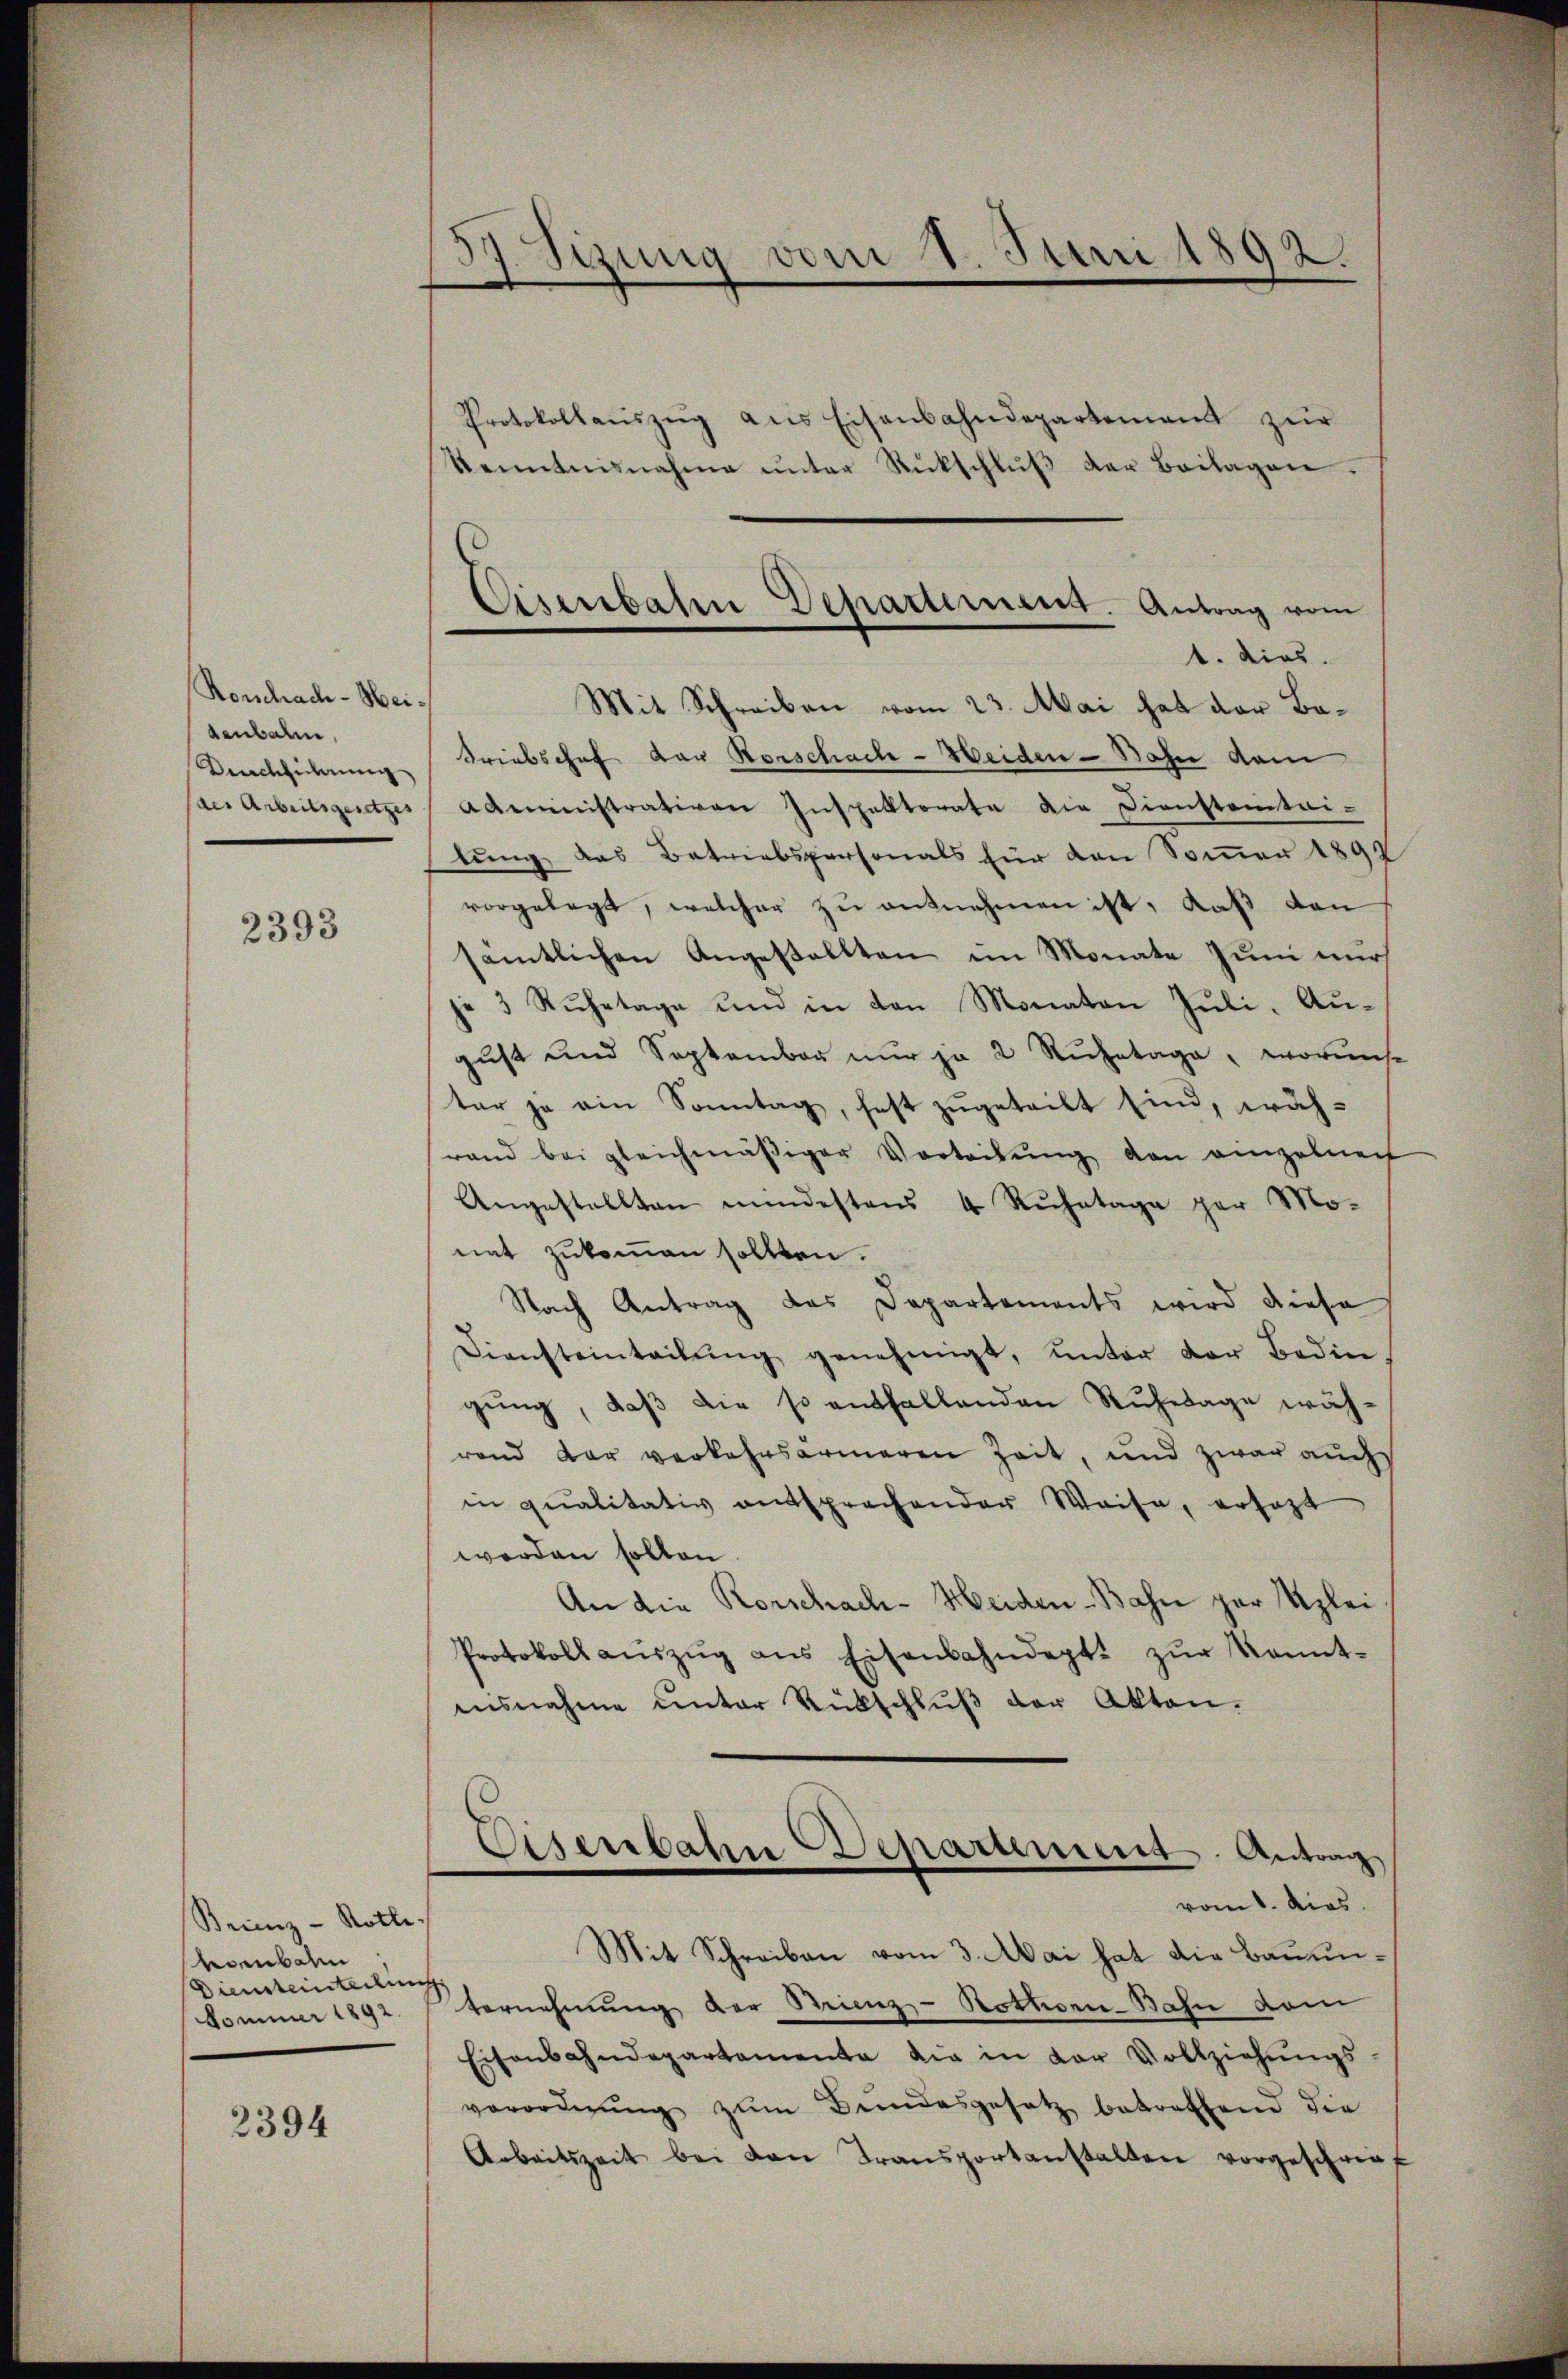
Rorschach-Heidenbahn,
Unchlicherung
des Arbeitsgesetzes

2393

Brinz-Rothe
oenba
Diensteinteilun
Sommer 1892.

2394

Sizung vom 1. Juni 1892.
)
e

1. dies
Mit Schreiben vom 23. Mai hat der Ba¬
Triebschef der Vorschach-Heiden-Bahn dem
Administrativen Inspektorata die Dienstoritai-
lung das Betriebspersonals für den Sommer 1899
vorgelegt, welcher zu entnehmen ist, daß den
sämtlichen Angestellten im Monate zum nur
je 3 Rŭhetage und in den Monaten Jŭli-Aŭ-
gust und September nur je 2 Ruhetage, worins-
ter je ein Sonntag, fest zŭgeteilt sind, wäh-
rand bei gleichmäβiger Vorteilŭng von anzelnen
Angestellten mindestens 4 Ruhetage par Monat zukommen sollten.
Nach Antrag das Departements wird diese
Diensteinteilŭng genehmigt, ŭnter der Bedin
gung, daß die so entfallenden Ruhetage während dar verkehrsarmeren Zeit, und zwar auch
in qualitativ entsprechender Weise, ersezt
werden sollen.
An die Rorschach-Heiden-Bahn par Uzlei
Protokoll aŭszŭg ans Eisenbahndept. zŭr Kennt-
ausnahme unter Rückschlŭβ der Akten.
vom 1. dies
Mit Schreiben vom 3. Mai hat die Bauunternehmung der Krienz-Rothorn-Bahn dem
Eisenbahndepartemente die in vor Vollziehŭngs-
verorderŭng zŭm Bŭndesgesetz betreffend die
Arbeitszeit bei den Transportanstalten vorgeschrief

Protokollaŭszŭg ans Eisenbahndepartement zŭr
Kenntnisnahme unter Rückschlŭβ der Beilagen:

Eisenbahn Departement. Antrag vom

Eisenbahn Deparument. Antrag